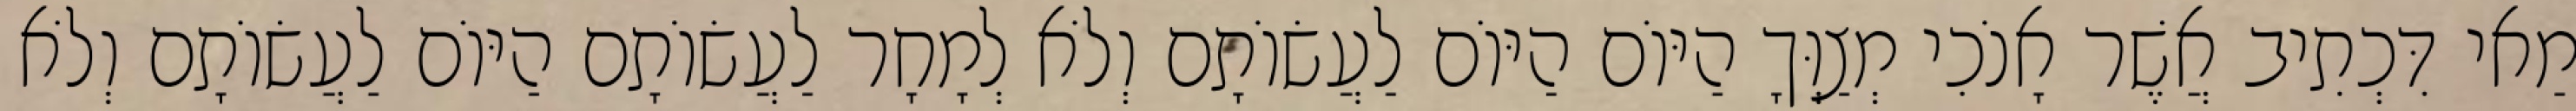
מַאי דִּכְתִיב אֲשֶׁר אָנֹכִי מְצַוְּךָ הַיּוֹם הַיּוֹם לַעֲשׂוֹתָם וְלֹא לְמָחָר לַעֲשׂוֹתָם הַיּוֹם לַעֲשׂוֹתָם וְלֹא